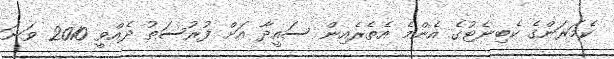
ކެމަރަންގެ ކެބިނެޓުގެ އެންމެ އެތެރެއިން ސައީދާ އަށް ފުރުސަތު ދެއްވީ 2010 ވަނަ